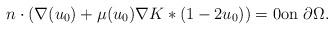
LaTeX: \begin{align*}n\cdot\left( \nabla(u_{0})+\mu(u_{0})\nabla K\ast(1-2u_{0})\right) =0\text{on }\partial\Omega. \end{align*}